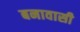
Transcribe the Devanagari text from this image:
बनावासी